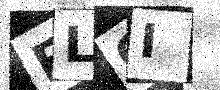
Text: FLGI